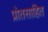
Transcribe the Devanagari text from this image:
प्रोतसाहित